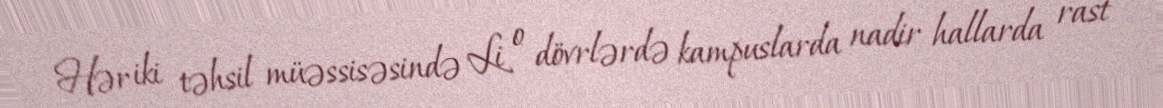
Hər iki təhsil müəssisəsində Li o dövrlərdə kampuslarda nadir hallarda rast